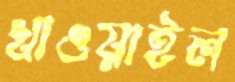
খাওয়াইল